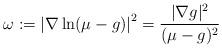
LaTeX: \begin{align*}\omega:=\left|\nabla\ln(\mu-g)\right|^2=\frac{|\nabla g|^2}{(\mu-g)^2}\end{align*}